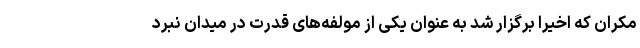
مکران که اخیرا برگزار شد به عنوان یکی از مولفه‌های قدرت در میدان نبرد